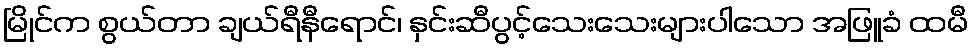
မြိုင်က စွယ်တာ ချယ်ရီနီရောင်၊ နှင်းဆီပွင့်သေးသေးများပါသော အဖြူခံ ထမီ